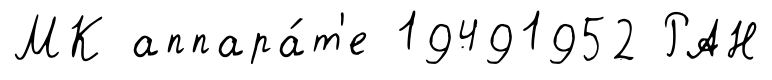
МК аппара́т'е 19491952 РАН